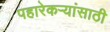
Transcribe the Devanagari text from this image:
पहारेकऱ्यांसाठी